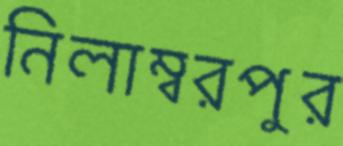
নিলাম্বরপুর